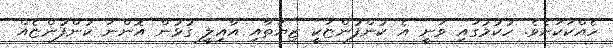
ހެއްކަކަށެވެ. ހުކުމުގައި ވަނީ އެ ކުންފުންޏަކީ ޒިޔަތާއި އާއިލީ ގުޅުން އޮންނަ ކުންފުންޏެއް